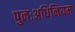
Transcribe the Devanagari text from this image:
पुनःअधिनियम